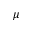
\mu